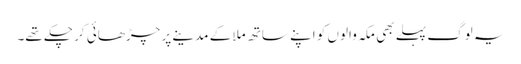
یہ لوگ پہلے بھی مکہ والوں کو اپنے ساتھ ملا کے مدینے پر چڑھائی کر چکے تھے۔